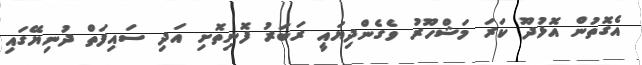
އެގޮތުން އޮޅުދޫ ކަރަ މަޝްހޫރު ވެގެންދިޔައީ ރަބަރު ފޮނިތޮށި އަދި ސައިފަތް ދުނިޔޭގައި